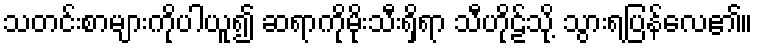
သတင်းစာများကိုပါယူ၍ ဆရာကိုမိုးသီးရှိရာ သီဟိုဠ်သို့ သွားရပြန်လေ၏။